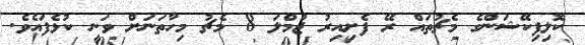
ކޮލިފިކޭޝަންގެ މެޗުތައް ރޭ ފެށިއިރު ޖުމްލަ 8 މެޗު މިހާތަނަށް ވަނީ ކުޅެފައެވެ.